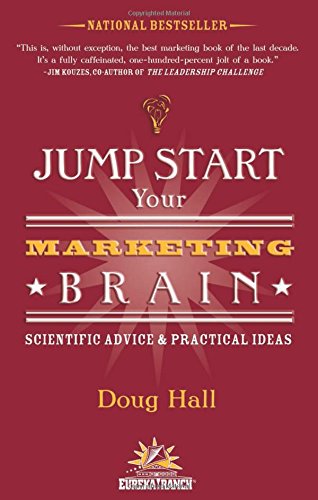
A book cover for Jump Start Your Marketing Brain: Scientific Advice and Practical Ideas; Doug Hall; Business & Money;